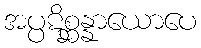
အပ္ပဋိစ္ဆန္နာယောပေ